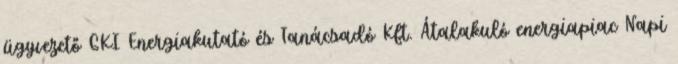
ügyvezető GKI Energiakutató és Tanácsadó Kft. Átalakuló energiapiac Napi